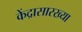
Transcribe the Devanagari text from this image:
केंद्रासारख्या